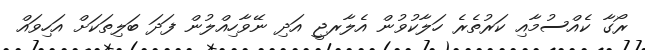
ރޯގާ ކެއްސުމާއި ކަރުތެރެ ހަލާކުވުން އެލާރޖީ އަދި ނޭވާހިއްލުން ފަދަ ބަލިތަކަށް އަހިވައް